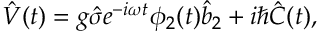
\hat { V } ( t ) = g \hat { \sigma } e ^ { - i \omega t } \phi _ { 2 } ( t ) \hat { b } _ { 2 } + i \hslash \hat { C } ( t ) ,